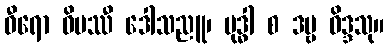
ဓီရော ဝိပဿီ ဒေါသညူ၊ ဗုဒ္ဓါ စ ဒဗ္ဗ ဝိဒ္ဒသု။